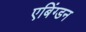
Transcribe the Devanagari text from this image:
एबिंग्डन